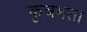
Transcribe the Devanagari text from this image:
कृत्रमता